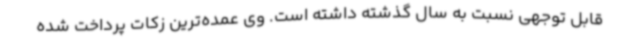
قابل توجهی نسبت به سال گذشته داشته است. وی عمده‌ترین زکات پرداخت شده